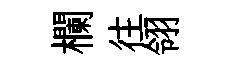
欄往翎